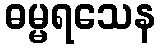
ဓမ္မရသေန